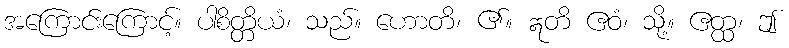
အကြောင်းကြောင့်။ ပါစိတ္တိယံ၊ သည်။ ဟောတိ၊ ၏။ ဣတိ ဧဝံ၊ သို့။ ဧတ္ထ၊ ဤ